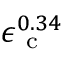
\epsilon _ { \mathrm { ~ c ~ } } ^ { 0 . 3 4 }